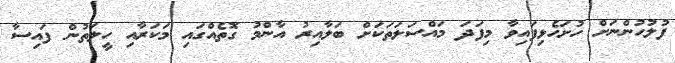
ފުލުހުންނަށް ހުށަހެޅިފައިވާ މިފަދަ މައްސަލަތަކަށް ބަލާއިރު އާންމު ގޮތެއްގައި މަކަރާއި ހީލަތުން ފައިސާ